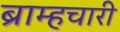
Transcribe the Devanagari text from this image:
ब्राम्हचारी